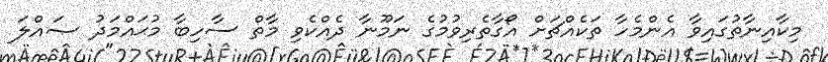
މިކާއިނާތުގައިވާ އެންމެހާ ތަކެއްޗަށް އޯގާތެރިވުމުގެ ނަމޫނާ ދެއްކެވި މާތް ސާހިބާ މުޙައްމަދު ޞައްލަ